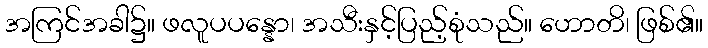
အကြင်အခါ၌။ ဖလူပပန္နော၊ အသီးနှင့်ပြည့်စုံသည်။ ဟောတိ၊ ဖြစ်၏။